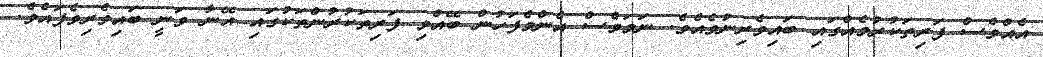
އެއްވެސް ފަރިތަކުރުމެއްގައި ބައިވެރިނުވެއެވެ. ނަމަވެސް އެންމެފަހުން ބޭއްވި ފަރިތަކުރުންތަކުގައި އޭނާ ވަނީ ބައިވެރިވެފައެވެ.